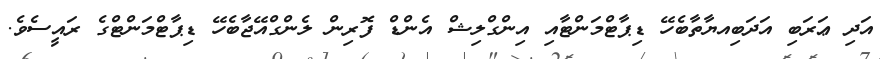
އަދި ޢަރަބި އަދަބިއޔާތާބެހޭ ޑިޕާޓްމަންޓާއި އިންގްލިޝް އެންޑް ފޮރިން ލެންގްއޭޖާބެހޭ ޑިޕާޓްމަންޓްގެ ރައީސެވެ.